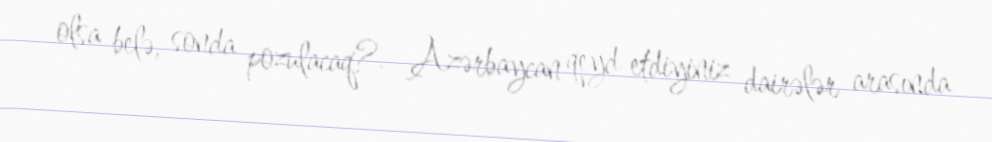
olsa belə, sonda pozulacaq?- Azərbaycan qeyd etdiyiniz dairələr arasında